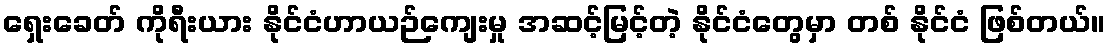
ရှေးခေတ် ကိုရီးယား နိုင်ငံဟာယဉ်ကျေးမှု အဆင့်မြင့်တဲ့ နိုင်ငံတွေမှာ တစ် နိုင်ငံ ဖြစ်တယ်။